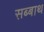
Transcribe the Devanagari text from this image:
सब्‍बाथ